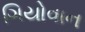
ગિયોવાન